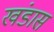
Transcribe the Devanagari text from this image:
खंडास